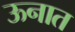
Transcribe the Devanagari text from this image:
ऊनात